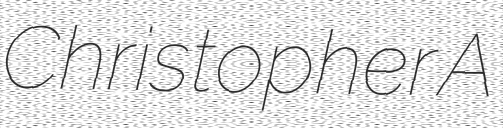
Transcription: Christopher A